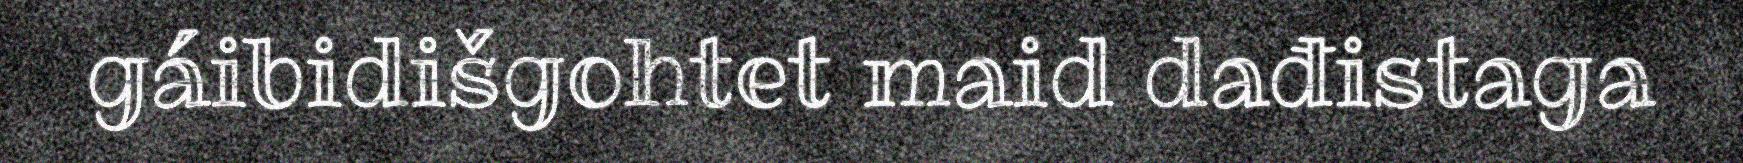
gáibidišgohtet maid dađistaga